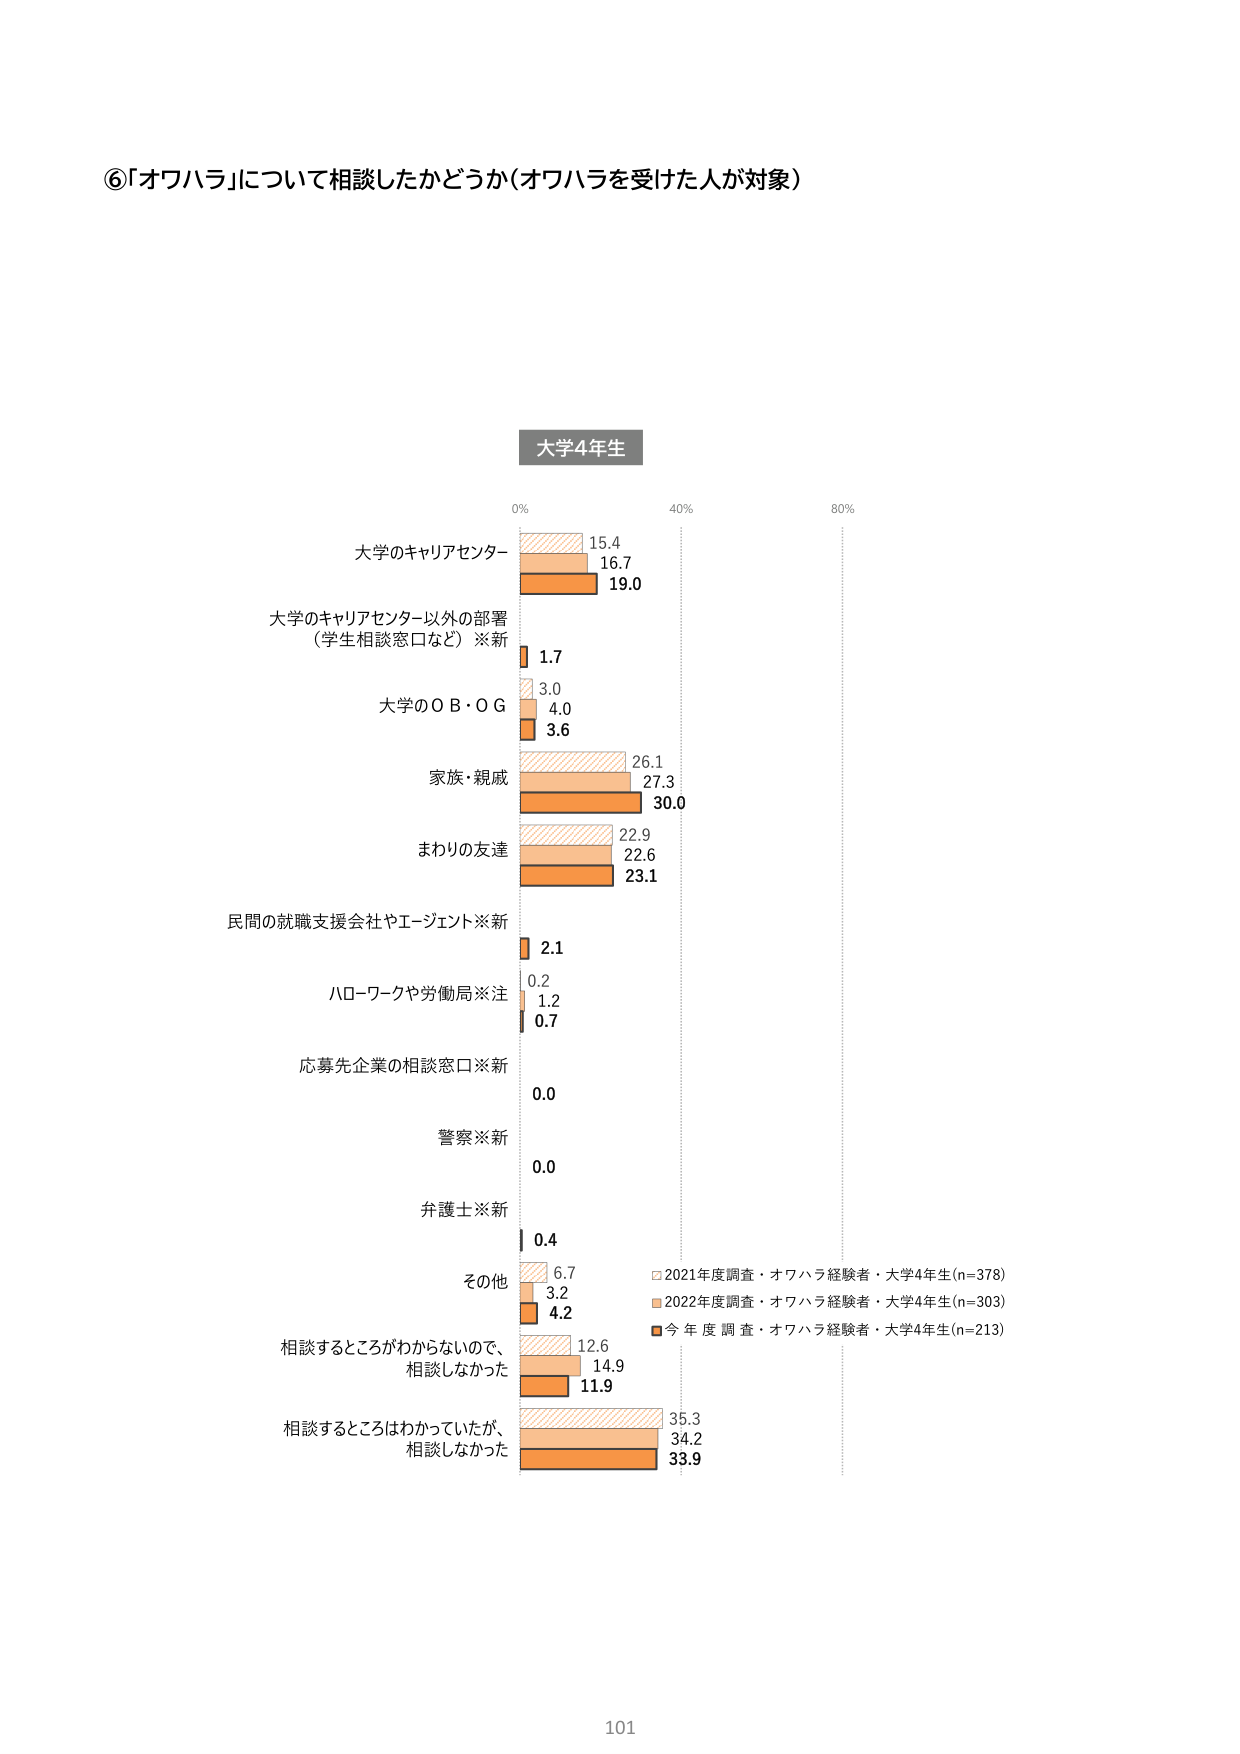
⑥「オワハラ」について相談したかどうか（オワハラを受けた人が対象）

大学4年生

0% 40% 80%

大学のキャリアセンター
15.4
16.7
19.0

大学のキャリアセンター以外の部署
（学生相談窓口など）※新
1.7

大学のＯＢ・ＯＧ
3.0
4.0
3.6

家族・親戚
26.1
27.3
30.0

まわりの友達
22.9
22.6
23.1

民間の就職支援会社やエージェント※新
2.1

ハローワークや労働局※注
0.2
1.2
0.7

応募先企業の相談窓口※新
0.0

警察※新
0.0

弁護士※新
0.4

その他
6.7
3.2
4.2

相談するところがわからないので、
相談しなかった
12.6
14.9
11.9

相談するところはわかっていたが、
相談しなかった
35.3
34.2
33.9

□ 2021年度調査・オワハラ経験者・大学4年生(n=378)
■ 2022年度調査・オワハラ経験者・大学4年生(n=303)
■ 今年度調査・オワハラ経験者・大学4年生(n=213)

101